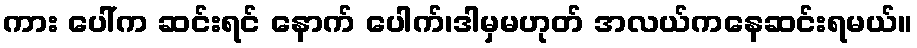
ကား ပေါ်က ဆင်းရင် နောက် ပေါက်၊ဒါမှမဟုတ် အလယ်ကနေဆင်းရမယ်။